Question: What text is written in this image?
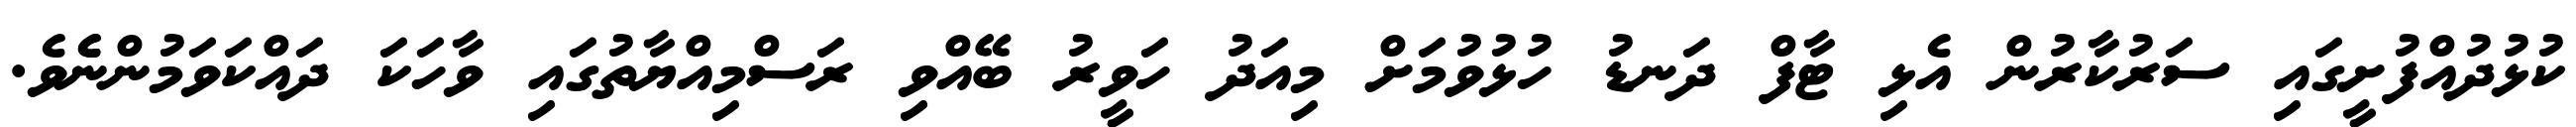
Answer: ކުޅުދުއްފުށީގައި ސަރުކާރުން އެޅި ޓާފް ދަނޑު ހުޅުވުމަށް މިއަދު ހަވީރު ބޭއްވި ރަސްމިއްޔާތުގައި ވާހަކަ ދައްކަވަމުންނެެވެ.